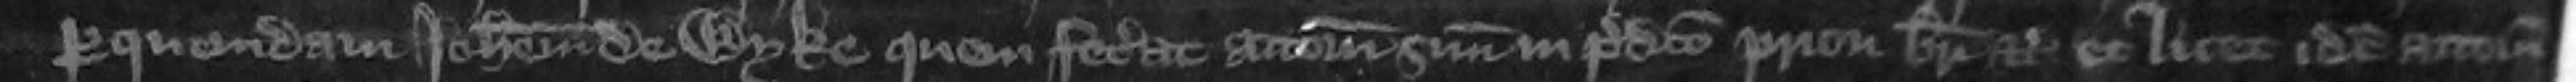
per quemdam Johannem de Wyke quem fecerat attornatum suum in predicto priori brevi etc et licet idem attornatus